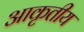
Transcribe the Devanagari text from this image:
आकृतीय